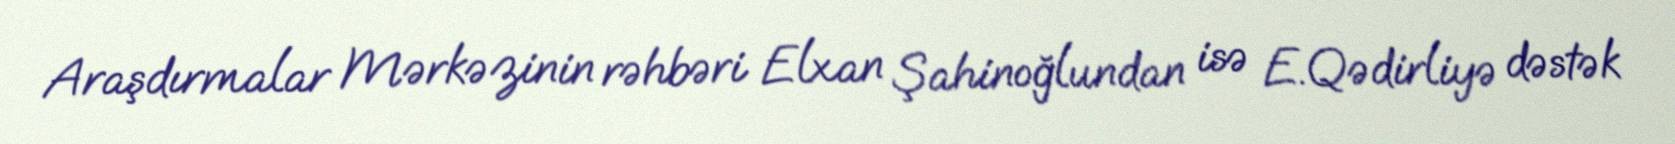
Araşdırmalar Mərkəzinin rəhbəri Elxan Şahinoğlundan isə E.Qədirliyə dəstək